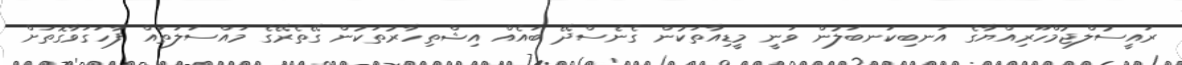
ރައީސުލްޖުމްހޫރިއްޔާގެ އަނބިކަނބަލުން ވަނީ މީޑިއާތަކުން ގެނެސްދޭ ބައެއް އިޝްތިހާރުތަކުން ގޭތެރޭގެ މައްސަލަތައް ފާހަގަވާގޮތަށް